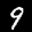
Label: 9